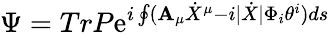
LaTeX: \Psi=TrP\mathrm{e}^{i\oint(\mathbf{A}_{\mu}\dot{{X}}^{\mu}-i|\dot{{X}}|\Phi_{i}\theta^{i})ds}